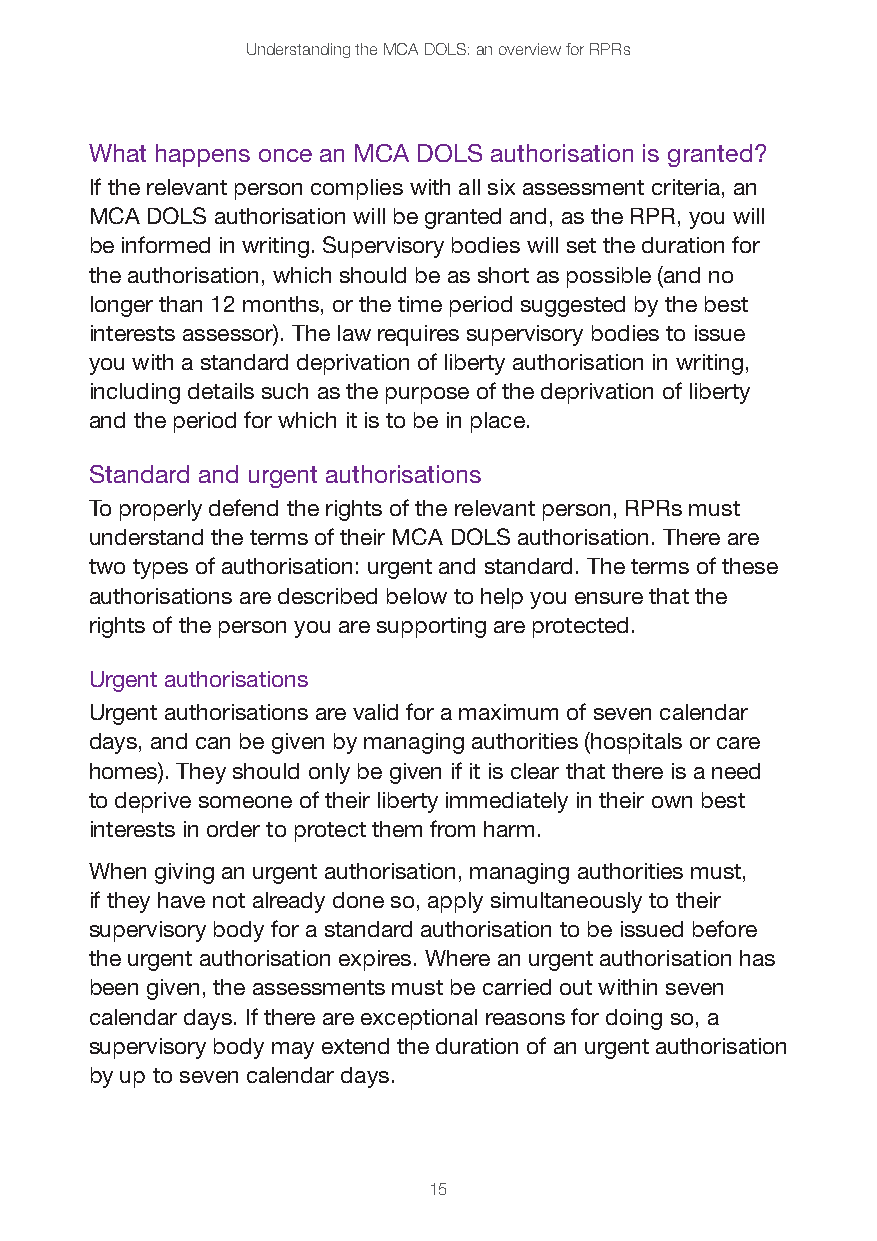
Understanding the MCA DOLS: an overview for RPRs
 What happens once an MCA DOLS authorisation is granted?
 If the relevant person complies with all six assessment criteria, an
 MCA DOLS authorisation will be granted and, as the RPR, you will
 be informed in writing. Supervisory bodies will set the duration for
 the authorisation, which should be as short as possible (and no
 longer than 12 months, or the time period suggested by the best
 interests assessor). The law requires supervisory bodies to issue
 you with a standard deprivation of liberty authorisation in writing,
 including details such as the purpose of the deprivation of liberty
 and the period for which it is to be in place.
 Standard and urgent authorisations
 To properly defend the rights of the relevant person, RPRs must
 understand the terms of their MCA DOLS authorisation. There are
 two types of authorisation: urgent and standard. The terms of these
 authorisations are described below to help you ensure that the
 rights of the person you are supporting are protected.
 Urgent authorisations
 Urgent authorisations are valid for a maximum of seven calendar
 days, and can be given by managing authorities (hospitals or care
 homes). They should only be given if it is clear that there is a need
 to deprive someone of their liberty immediately in their own best
 interests in order to protect them from harm.
 When giving an urgent authorisation, managing authorities must,
 if they have not already done so, apply simultaneously to their
 supervisory body for a standard authorisation to be issued before
 the urgent authorisation expires. Where an urgent authorisation has
 been given, the assessments must be carried out within seven
 calendar days. If there are exceptional reasons for doing so, a
 supervisory body may extend the duration of an urgent authorisation
 by up to seven calendar days.
 15